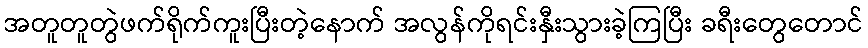
အတူတူတွဲဖက်ရိုက်ကူးပြီးတဲ့နောက် အလွန်ကိုရင်းနှီးသွားခဲ့ကြပြီး ခရီးတွေတောင်